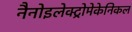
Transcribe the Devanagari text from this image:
नैनोइलेक्ट्रोमेकेनिकल